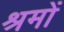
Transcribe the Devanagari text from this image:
श्रमों